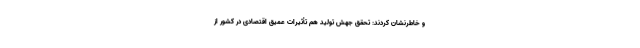
و خاطرنشان کردند: تحقق جهش تولید هم تأثیرات عمیق اقتصادی در کشور از